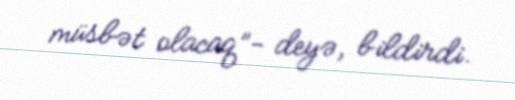
müsbət olacaq”- deyə, bildirdi.